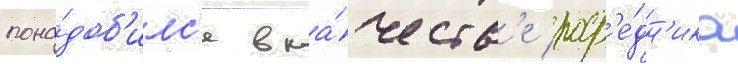
пона́доб'илс'я в ка́честв'е поср'е́дн'ика